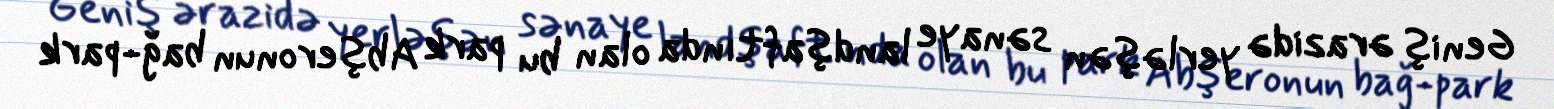
Geniş ərazidə yerləşən sənaye landşaftında olan bu park Abşeronun bağ-park